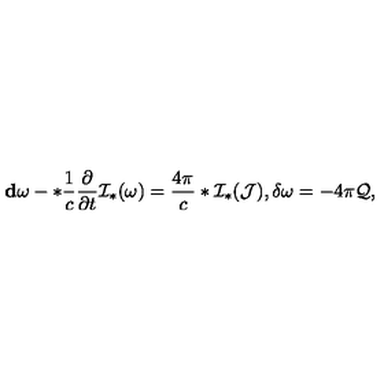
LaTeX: { \bf d } \omega - * \frac { 1 } { c } \frac { \partial } { \partial t } { \cal I } _ { * } ( \omega ) = \frac { 4 \pi } { c } * { \cal I } _ { * } ( { \cal J } ) , \delta \omega = - 4 \pi { \cal Q } ,